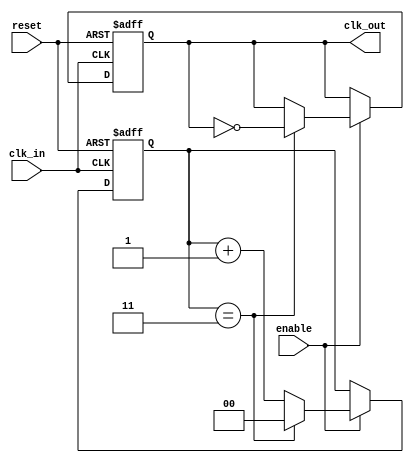
module clock_divider #(
    parameter DIV_FACTOR = 4
)(
    input wire clk_in,      // Input clock signal
    input wire reset,       // Asynchronous reset signal
    input wire enable,      // Control signal to enable or disable clock division
    output reg clk_out      // Divided output clock signal
);

    // Internal signals
    reg [$clog2(DIV_FACTOR)-1:0] counter; // Counter to track input clock cycles

    // Always block for clock divider operation
    always @(posedge clk_in or posedge reset) begin
        if (reset) begin
            // Asynchronous reset
            counter <= 0;
            clk_out <= 0;
        end else if (enable) begin
            // Increment counter on each clock cycle
            if (counter == DIV_FACTOR - 1) begin
                // Toggle output clock and reset counter
                clk_out <= ~clk_out;
                counter <= 0;
            end else begin
                // Increment counter
                counter <= counter + 1;
            end
        end
    end

endmodule